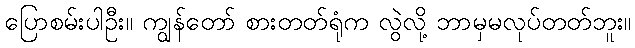
ပြောစမ်းပါဦး။ ကျွန်တော် စားတတ်ရုံက လွဲလို့ ဘာမှမလုပ်တတ်ဘူး။